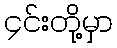
၄င်းတို့မှာ